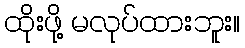
ထိုးဖို့ မလုပ်ထားဘူး။